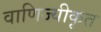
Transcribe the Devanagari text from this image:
वाणिज्यीकृत